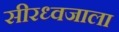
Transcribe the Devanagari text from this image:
सीरध्वजाला